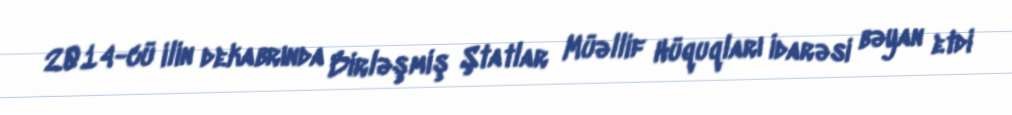
2014-cü ilin dekabrında Birləşmiş Ştatlar Müəllif Hüquqları İdarəsi bəyan etdi